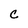
Character: C